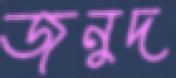
জুনুদ